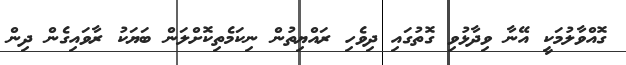
ގޮއްވާލުމަކީ އޭނާ ވިދާޅުވި ގޮތުގައި ދިވެހި ރައްޔިތުން ނިކަމެތިކޮށްލަން ބަޔަކު ރާވައިގެން ދިން